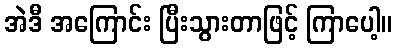
အဲဒီ အကြောင်း ပြီးသွားတာဖြင့် ကြာပေါ့။